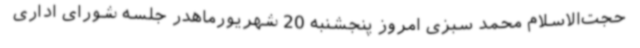
حجت‌الاسلام محمد سبزی امروز پنجشنبه 20 شهریورماهدر جلسه شورای اداری